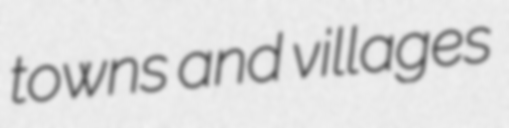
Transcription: towns and villages